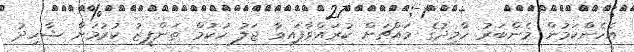
އެހެންކަމުން މެންބަރު ހާމިދުގެ މައްޗަށް ކުރައްވާފައިވާ ޖަލު ހުކުމް ތަންފީޒު ކުރުމަށް ޝާހިދު